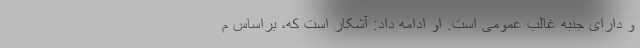
و دارای جنبه غالب عمومی است. او ادامه داد: آشکار است که، براساس م